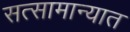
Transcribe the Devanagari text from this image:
सत्सामान्यात